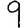
Digit: 9